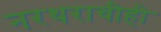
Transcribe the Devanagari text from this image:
नरथराचीही